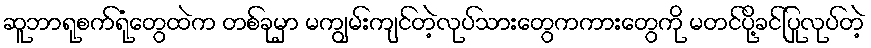
ဆူဘာရုစက်ရုံတွေထဲက တစ်ခုမှာ မကျွမ်းကျင်တဲ့လုပ်သားတွေကကားတွေကို မတင်ပို့ခင်ပြုလုပ်တဲ့